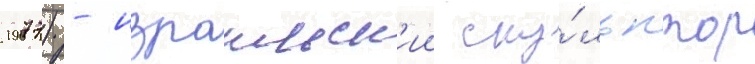
1977) - израильск'ии ску́льптор